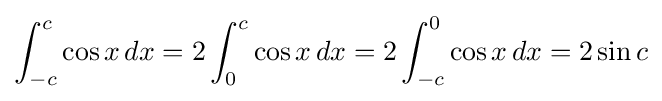
\int _{-c}^{c}\cos {x}\,dx=2\int _{0}^{c}\cos {x}\,dx=2\int _{-c}^{0}\cos {x}\,dx=2\sin {c}